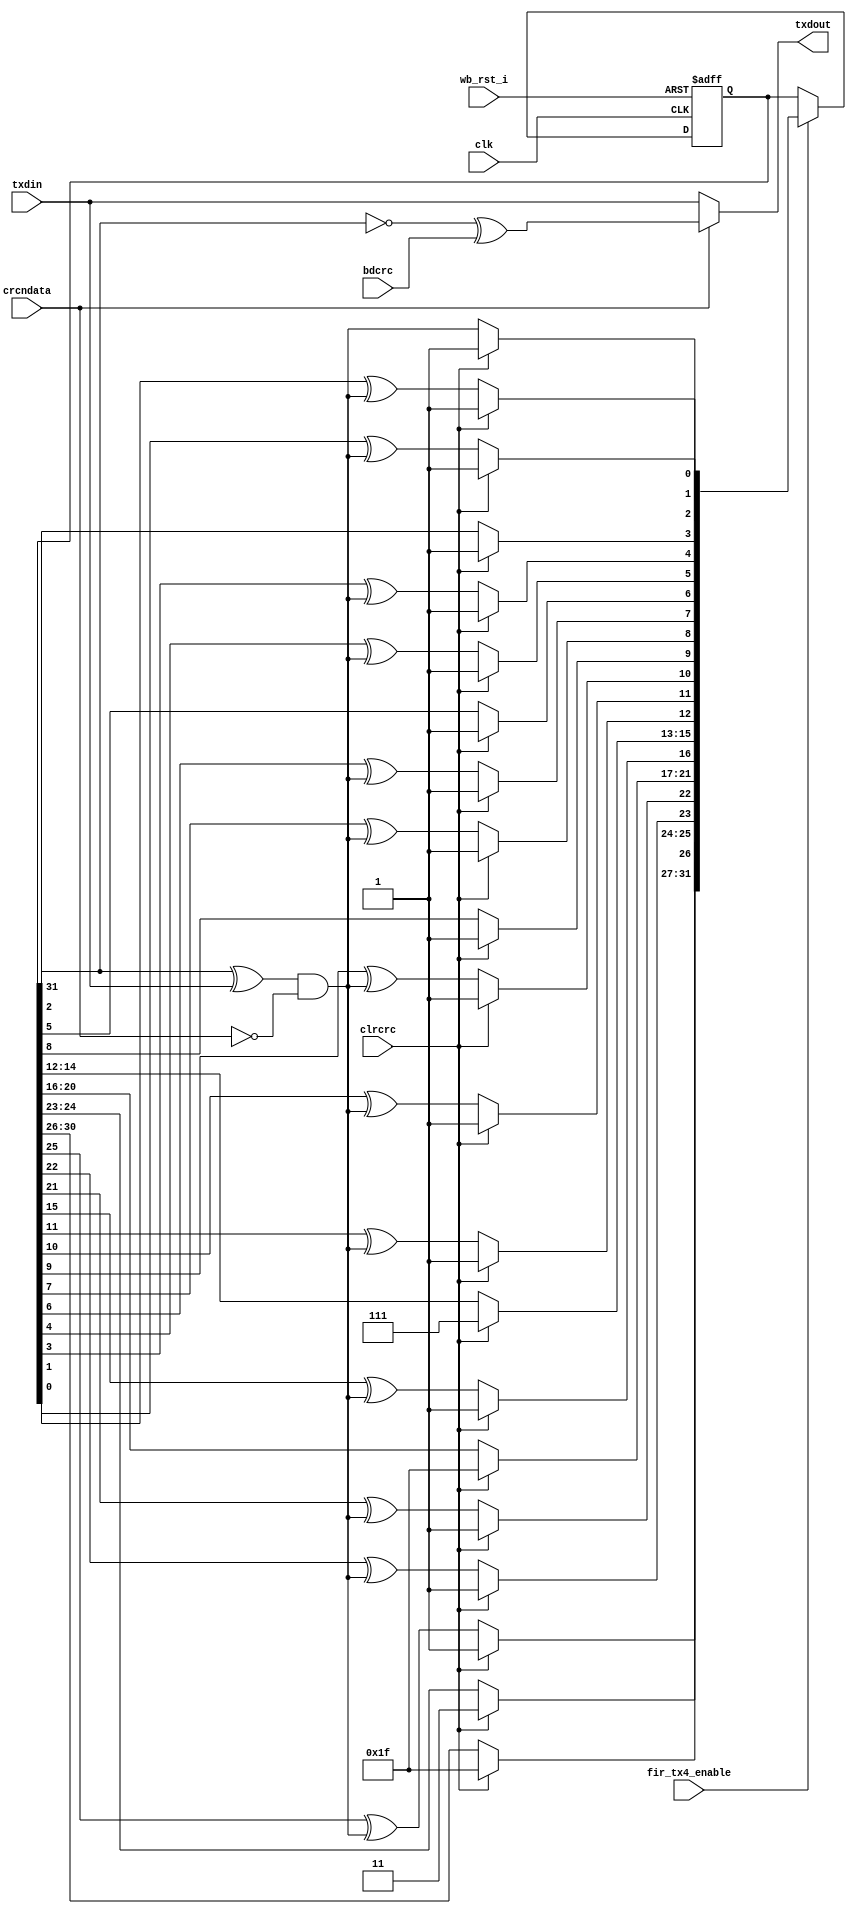
module irda_crc32(clk, wb_rst_i, clrcrc, fir_tx4_enable, txdin, crcndata,txdout,bdcrc);
/* ************************************************************************* */
// compute 802.X CRC x32 x26 x23 x22 x16 x12 x11 x10 x8 x7 x5 x4 x2 x + 1
// on serial bit stream.
/* ************************************************************************* */
/* bdcrc is input signal used to send a bad crc for test purposes */

input clrcrc,clk,txdin,wb_rst_i,bdcrc, crcndata;
input fir_tx4_enable;

output txdout;
reg [31:0] nxtxcrc,txcrc;
/* ************************************************************************* */
// XOR data stream with output of CRC register and create input stream
// if crcndata is low, feed a 0 into input to create virtual shift reg
/* ************************************************************************* */
wire crcshin = (txcrc[31] ^ txdin)& ~crcndata;
/* ************************************************************************* */
// combinatorial logic to implement polynomial
/* ************************************************************************* */
always @ (txcrc or clrcrc or crcshin)
begin
	if (clrcrc)
		nxtxcrc			<= #1  32'hffffffff;
	else begin
		nxtxcrc[31:27] <= #1  txcrc[30:26];
		nxtxcrc[26]		<= #1  txcrc[25] ^ crcshin; // x26
		nxtxcrc[25:24] <= #1  txcrc[24:23];
		nxtxcrc[23]		<= #1  txcrc[22] ^ crcshin; // x23
		nxtxcrc[22]		<= #1  txcrc[21] ^ crcshin; // x22
		nxtxcrc[21:17] <= #1  txcrc[20:16];
		nxtxcrc[16]		<= #1  txcrc[15] ^ crcshin; // x16
		nxtxcrc[15:13] <= #1  txcrc[14:12];
		nxtxcrc[12]		<= #1  txcrc[11] ^ crcshin; // x12
		nxtxcrc[11]		<= #1  txcrc[10] ^ crcshin; // x11
		nxtxcrc[10]		<= #1  txcrc[9] ^ crcshin; // x10
		nxtxcrc[9]		<= #1  txcrc[8];
		nxtxcrc[8]		<= #1  txcrc[7] ^ crcshin; // x8
		nxtxcrc[7]		<= #1  txcrc[6] ^ crcshin; // x7
		nxtxcrc[6]		<= #1  txcrc[5];
		nxtxcrc[5]		<= #1  txcrc[4] ^ crcshin; // x5
		nxtxcrc[4]		<= #1  txcrc[3] ^ crcshin; // x4
		nxtxcrc[3]		<= #1  txcrc[2];
		nxtxcrc[2]		<= #1  txcrc[1] ^ crcshin; // x2
		nxtxcrc[1]		<= #1  txcrc[0] ^ crcshin; // x1
		nxtxcrc[0]		<= #1  crcshin; // +1
	end
end
/* ********************************************************************** */
// infer 32 flops for storage, include async reset asserted high
/* ********************************************************************** */
always @ (posedge clk or posedge wb_rst_i)
begin
	if (wb_rst_i)
		txcrc <= #1  32'hffffffff;
	else if (fir_tx4_enable)   /// <----
		txcrc <= #1  nxtxcrc; // load D input (nxtxcrc) into flops
end
/* ********************************************************************** */
// normally crc is inverted as it is sent out
// input signal badcrc is asserted to append bad CRC to packet for
// testing, this is an implied mux with control signal crcndata
// if crcndata = 0 , the data is passed by unchanged, if = 1 then
// the crc register is inverted and transmitted.
/* ********************************************************************** */
wire txdout = (crcndata) ? (~txcrc[31] ^ bdcrc) : txdin; // don't invert
// if bdcrc is 1
endmodule